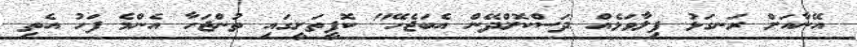
އޭނާއަށް ރަނގަޅު ފިލާވަޅެއް ދަސްކޮށްދޭން އެބަޖެހޭ" ކޮފީތަށީގައި ތުންޖަހާ އެންމެ ފަހު އެތި